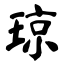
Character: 琼